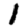
Digit: 1